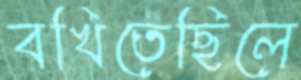
বখিতেছিলে